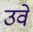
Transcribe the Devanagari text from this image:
उवे